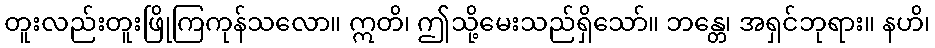
တူးလည်းတူးဖြိုကြကုန်သလော။ ဣတိ၊ ဤသို့မေးသည်ရှိသော်။ ဘန္တေ၊ အရှင်ဘုရား။ နဟိ၊